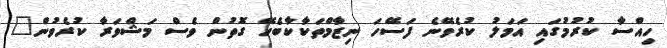
ހިއްސާ ކުރުމުގައި އަމަލު ކުރެވޭނެ ފަސޭހަ ނިޒާމްތަކާކާބެހޭ ގޮތުން ވެސް މަޝްވަރާ ކުރެވުން"